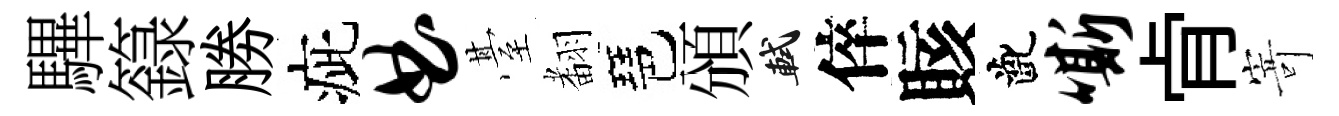
驆籙勝疵曲䑓𮋒琶頒軾倅賅齔嘶肻𭔃